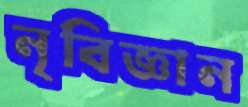
নৃবিজ্ঞান